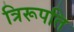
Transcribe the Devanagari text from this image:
त्रिरूपति